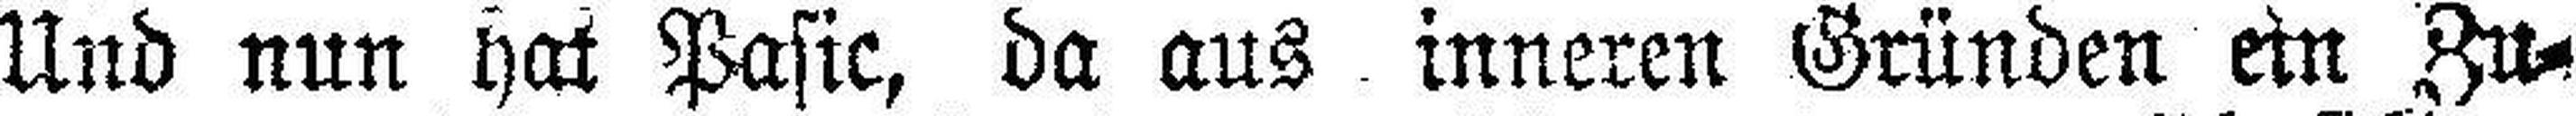
Und nun hat Pasic, da aus inneren Gründen ein Zu¬